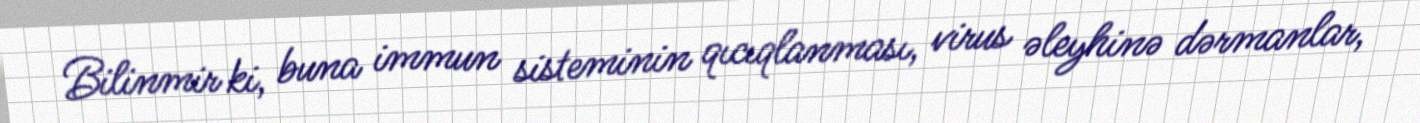
Bilinmir ki, buna immun sisteminin qıcıqlanması, virus əleyhinə dərmanlar,